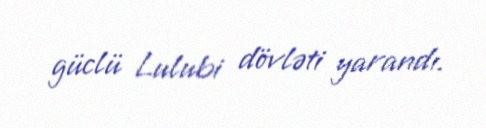
güclü Lulubi dövləti yarandı.